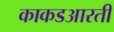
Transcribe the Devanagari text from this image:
काकडआरती